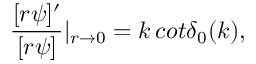
\frac { [ r \psi ] ^ { \prime } } { [ r \psi ] } | _ { r \rightarrow 0 } = k \, c o t \delta _ { 0 } ( k ) ,